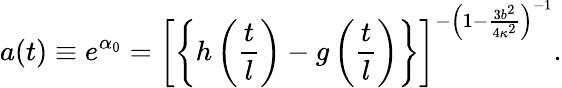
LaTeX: a(t)\equiv e^{\alpha_{0}}=\left[\left\{ h\left(\frac{t}{l}\right)-g\left(\frac{t}{l}\right)\right\} \right]^{-\left(1-\frac{3b^{2}}{4\kappa^{2}}\right)^{-1}}.